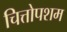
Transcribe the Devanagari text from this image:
चित्तोपशम